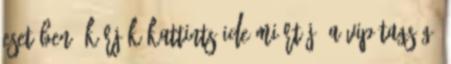
esetében, kérjük kattints ide Miért jó a VIP tagság?